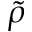
\tilde { \rho }